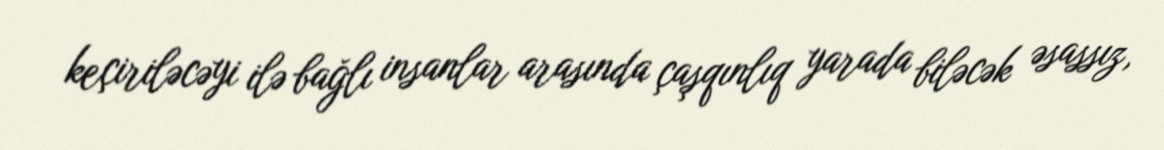
keçiriləcəyi ilə bağlı insanlar arasında çaşqınlıq yarada biləcək əsassız,